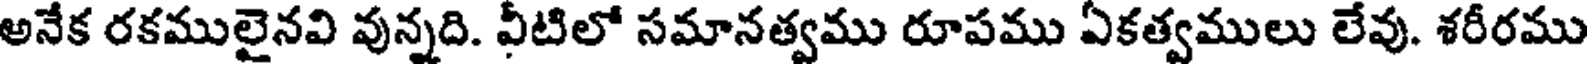
అనేక రకములైనవి వున్నది. వీటిలో సమానత్వము రూపము ఏకత్వములు లేవు. శరీరము